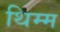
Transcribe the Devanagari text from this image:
थिम्म